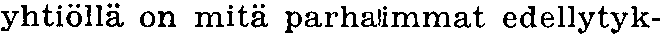
yhtiöllä on mitä parhaimmat edellytyk-